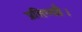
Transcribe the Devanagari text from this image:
प्रसिध्दहै।